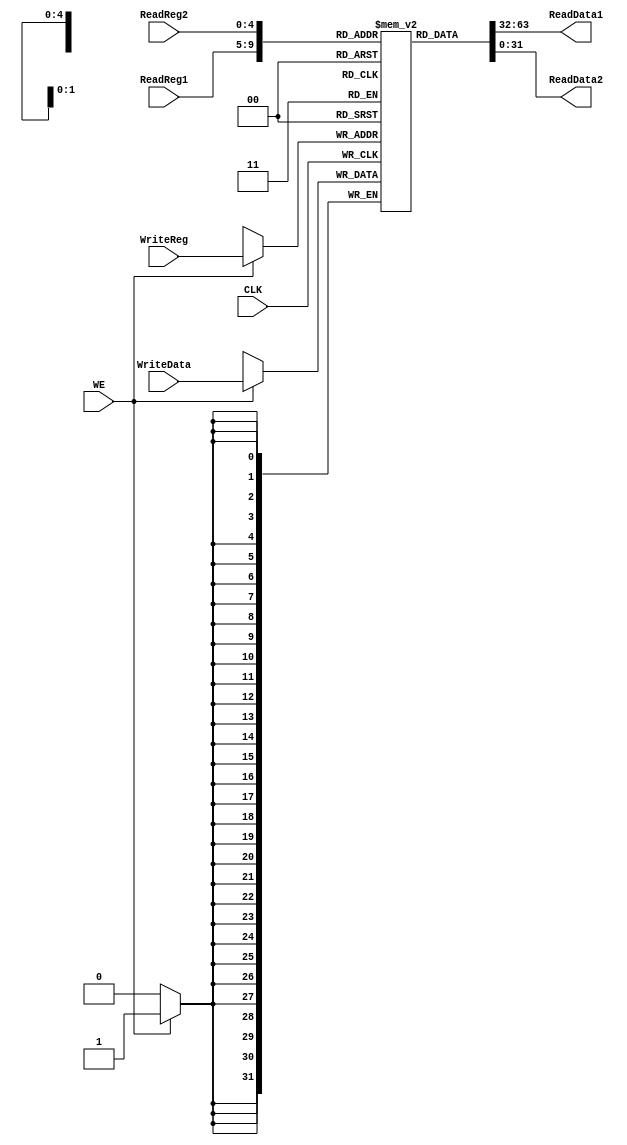
`timescale 1ns / 1ps
//////////////////////////////////////////////////////////////////////////////////
// Company: 
// Engineer: 
// 
// Design Name: 
// Module Name: RegisterFile
// Project Name: 
// Target Devices: 
// Tool Versions: 
// Description: 
// 
// Dependencies: 
// 
// Revision:
// Revision 0.01 - File Created
// Additional Comments:
// 
//////////////////////////////////////////////////////////////////////////////////


module RegisterFile(
    input[4:0] ReadReg1,
    input[4:0] ReadReg2,
    input[4:0] WriteReg,
    input[31:0] WriteData,
    input CLK,
    input WE,
    output[31:0] ReadData1,
    output[31:0] ReadData2
    );    
    //I think 32 is quite enough, considering that test file uses only 10 regs
    reg[31:0] registers[31:0];
    integer i;
    initial 
        begin
            for(i = 0; i < 32; i = i + 1)
                registers[i] <= 32'h00000000;
        end
    //I think register file will keep reading datas
    assign ReadData1 = registers[ReadReg1];
    assign ReadData2 = registers[ReadReg2];
    
    always@(negedge CLK)
    begin
        if(WE)
        begin
            registers[WriteReg] = WriteData;
        end
    end
    
endmodule